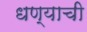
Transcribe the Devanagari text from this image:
धण्याची